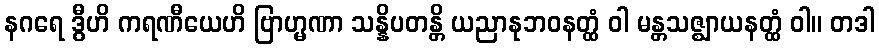
နဂရေ ဒွီဟိ ကရဏီယေဟိ ဗြာဟ္မဏာ သန္နိပတန္တိ ယညာနုဘဝနတ္ထံ ဝါ မန္တသဇ္ဈာယနတ္ထံ ဝါ။ တဒါ